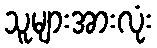
သူများအားလုံး